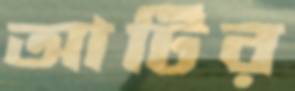
আটির